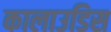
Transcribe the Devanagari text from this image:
कालाउडिस